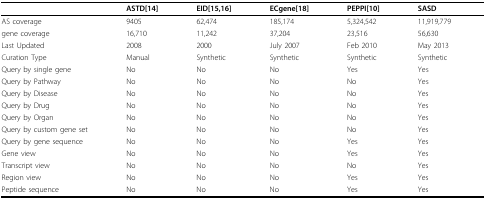
<table><thead><tr><td></td><td><b>ASTD[14]</b></td><td><b>EID[15,16]</b></td><td><b>ECgene[18]</b></td><td><b>PEPPI[10]</b></td><td><b>SASD</b></td></tr></thead><tbody><tr><td>AS coverage</td><td>9405</td><td>62,474</td><td>185,174</td><td>5,324,542</td><td>11,919,779</td></tr><tr><td>gene coverage</td><td>16,710</td><td>11,242</td><td>37,204</td><td>23,516</td><td>56,630</td></tr><tr><td>Last Updated</td><td>2008</td><td>2000</td><td>July 2007</td><td>Feb 2010</td><td>May 2013</td></tr><tr><td>Curation Type</td><td>Manual</td><td>Synthetic</td><td>Synthetic</td><td>Synthetic</td><td>Synthetic</td></tr><tr><td>Query by single gene</td><td>No</td><td>No</td><td>No</td><td>Yes</td><td>Yes</td></tr><tr><td>Query by Pathway</td><td>No</td><td>No</td><td>No</td><td>No</td><td>Yes</td></tr><tr><td>Query by Disease</td><td>No</td><td>No</td><td>No</td><td>No</td><td>Yes</td></tr><tr><td>Query by Drug</td><td>No</td><td>No</td><td>No</td><td>No</td><td>Yes</td></tr><tr><td>Query by Organ</td><td>No</td><td>No</td><td>No</td><td>No</td><td>Yes</td></tr><tr><td>Query by custom gene set</td><td>No</td><td>No</td><td>No</td><td>No</td><td>Yes</td></tr><tr><td>Query by gene sequence</td><td>No</td><td>No</td><td>No</td><td>Yes</td><td>Yes</td></tr><tr><td>Gene view</td><td>No</td><td>No</td><td>No</td><td>Yes</td><td>Yes</td></tr><tr><td>Transcript view</td><td>No</td><td>No</td><td>No</td><td>No</td><td>Yes</td></tr><tr><td>Region view</td><td>No</td><td>No</td><td>No</td><td>Yes</td><td>Yes</td></tr><tr><td>Peptide sequence</td><td>No</td><td>No</td><td>No</td><td>Yes</td><td>Yes</td></tr></tbody></table>